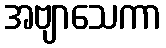
အဗျာသေကာ